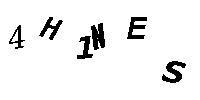
4H1NES